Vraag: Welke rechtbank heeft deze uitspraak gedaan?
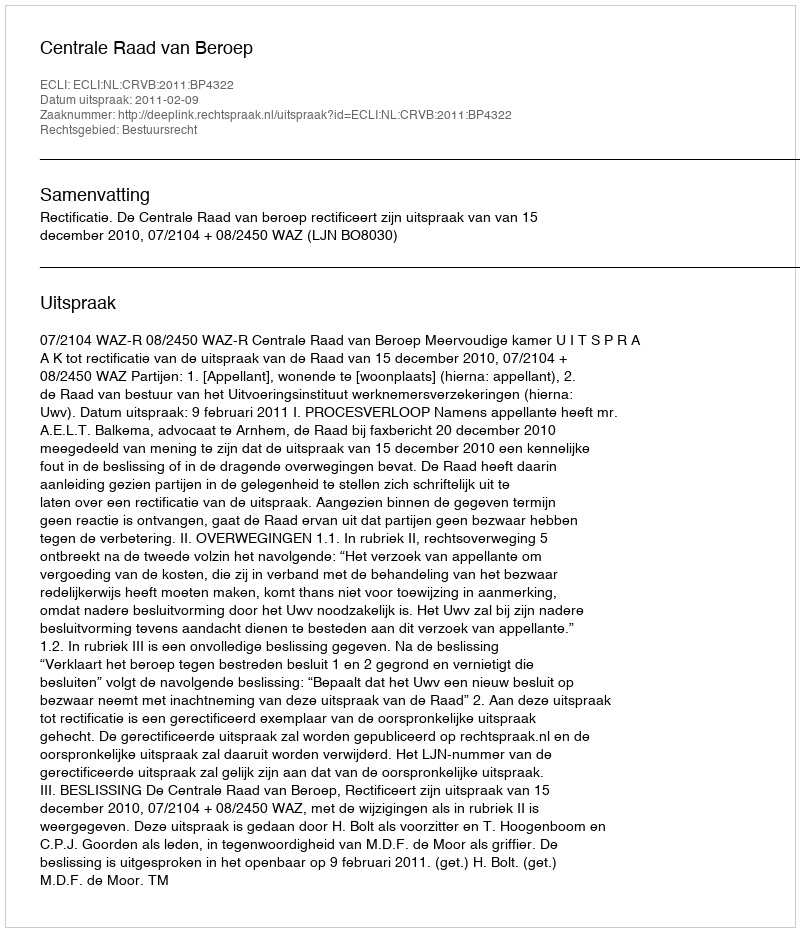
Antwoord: Centrale Raad van Beroep